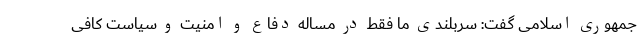
جمهوری اسلامی گفت: سربلندی ما فقط در مساله دفاع و امنیت و سیاست کافی